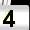
Digit: 4